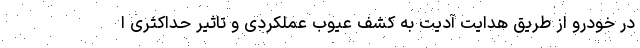
در خودرو از طریق هدایت آدیت به کشف عیوب عملکردی و تاثیر حداکثری ا